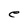
Character: e